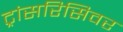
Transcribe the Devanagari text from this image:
ट्रांसरिसिवर